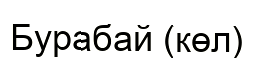
Бурабай (көл)